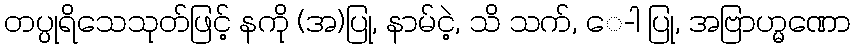
တပ္ပုရိသေသုတ်ဖြင့် နကို (အ)ပြု, နာမ်ငဲ့, သိ သက်, ေ-ါ ပြု, အဗြာဟ္မဏော